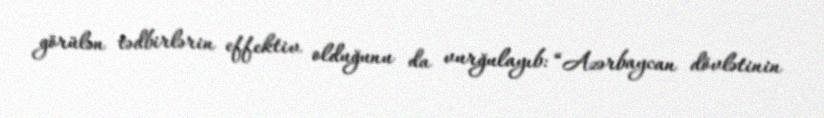
görülən tədbirlərin effektiv olduğunu da vurğulayıb: “Azərbaycan dövlətinin